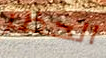
الحظر